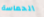
الحماسة